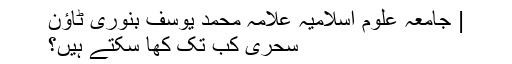
| جامعہ علوم اسلامیہ علامہ محمد یوسف بنوری ٹاؤن
سحری کب تک کھا سکتے ہیں؟